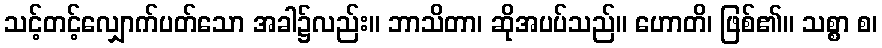
သင့်တင့်လျှောက်ပတ်သော အခါ၌လည်း။ ဘာသိတာ၊ ဆိုအပပ်သည်။ ဟောတိ၊ ဖြစ်၏။ သစ္စာ စ၊